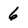
Character: 6